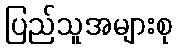
ပြည်သူအများစု